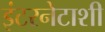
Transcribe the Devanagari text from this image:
इंटरनेटाशी